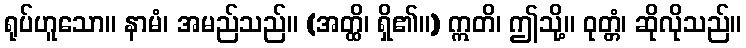
ရုပ်ဟူသော။ နာမံ၊ အမည်သည်။ (အတ္ထိ၊ ရှိ၏။) ဣတိ၊ ဤသို့။ ဝုတ္တံ၊ ဆိုလိုသည်။